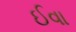
ઈવા